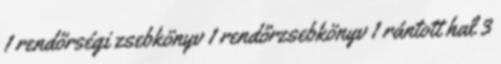
1 rendőrségi zsebkönyv 1 rendőrzsebkönyv 1 rántott hal 3